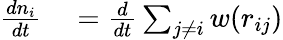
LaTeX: \begin{array}{rl}{\frac{dn_{i}}{dt}}&{{}=\frac{d}{dt}\sum_{j\neq i}w(r_{ij})}\end{array}